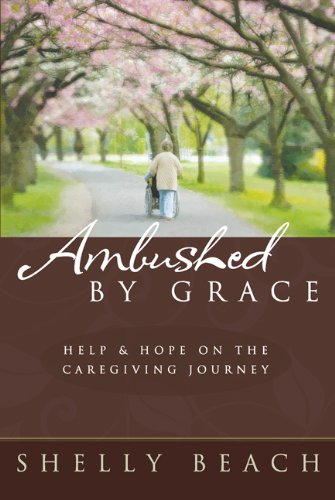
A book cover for Ambushed by Grace: Help and Hope on the Caregiving Journey; Shelly Beach; Parenting & Relationships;